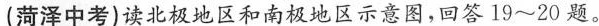
(菏泽中考)读北极地区和南极地区示意图，回答19~20题。